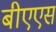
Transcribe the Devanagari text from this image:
बीएएस